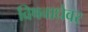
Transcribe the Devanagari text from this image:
विषबाधेवर